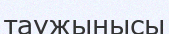
таужынысы